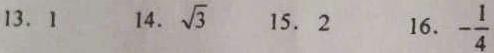
13. \(1\)
14. \(\sqrt{3}\)
15. \(2\)
16. \(-\frac{1}{4}\)